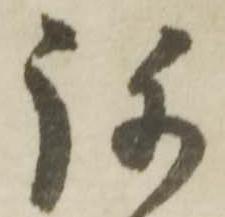
弥